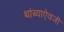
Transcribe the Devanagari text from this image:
थांब्याऐवजी